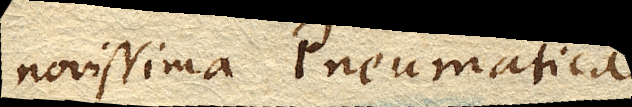
novissima Pneumatica